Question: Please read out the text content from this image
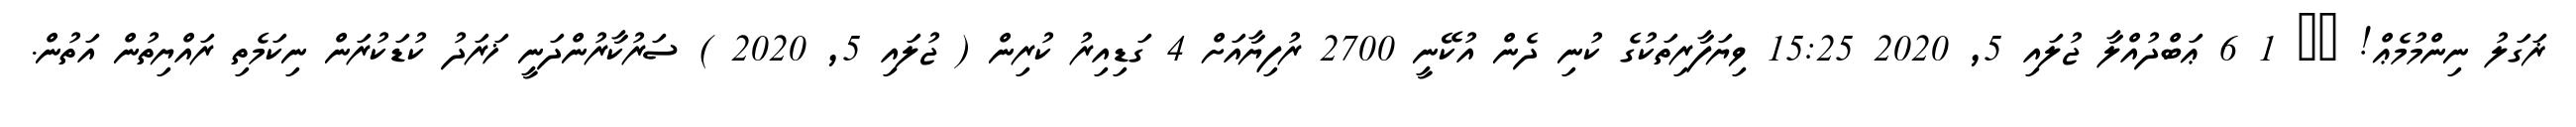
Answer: ޜަގަލު ނިންމުމެޢް! ?? 1 6 ޢަބްދުއްލާ ޖުލައި 5, 2020 15:25 ވިޔަފާރިތަކުގެ ކުނި ދެން އުކޭނީ 2700 ރުފިޔާއަށް 4 ގަޑިއިރު ކުރިން ( ޖުލައި 5, 2020 ) ސަރުކާރުންދަނީ ޚަރަދު ކުޑަކުރަން ނިކަމެތި ރައްޔިތުން އަތުން.